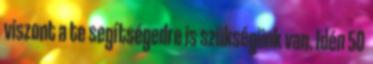
viszont a te segítségedre is szükségünk van. Idén 50